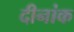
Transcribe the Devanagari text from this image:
दीनांक